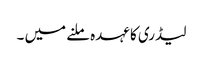
لیڈری کا عہدہ ملنے میں ۔